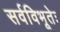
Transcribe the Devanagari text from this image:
सर्वविभूतेः